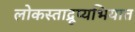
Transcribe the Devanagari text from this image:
लोकस्ताद्रूप्यभियात